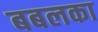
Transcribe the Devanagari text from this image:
बबलका